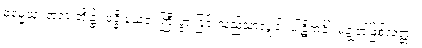
ဓမ္မေသု၊ တရားတို့၌။ ဝုဒ္ဓိ ယေဝ၊ ကြီးပွားခြင်းသည်သာလျှင်။ ပါဋိကင်္ခါ၊ မချွတ်ဖြစ်လတ္တံ့။